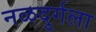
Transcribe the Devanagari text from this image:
नळदुर्गला